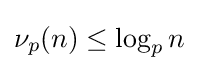
\nu _{p}(n)\leq \log _{p}n